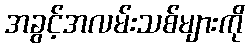
အခွင့်အလမ်းသစ်များကို